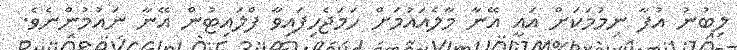
ލިބުނު އުފާ ނިމުމަކަށް އައީ އޭނާ މާލެއައުމަށް ހަމަޖެހިފައިވާ ފްލައިޓުން އޭނާ ނައުމުންނެވެ.